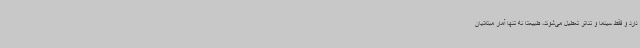
دارد و فقط سینما و تئاتر تعطیل می‌شوند، طبیعتا نه تنها آمار مبتلایان